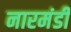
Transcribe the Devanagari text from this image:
नारमंडी